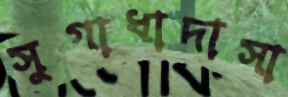
সুগাধাদাসা